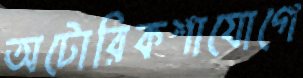
অটোরিকশাযোগে